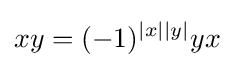
xy=(-1)^{|x||y|}yx